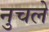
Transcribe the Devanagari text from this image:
नुचले